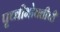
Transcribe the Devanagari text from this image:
पृथ्वीभोवतीची